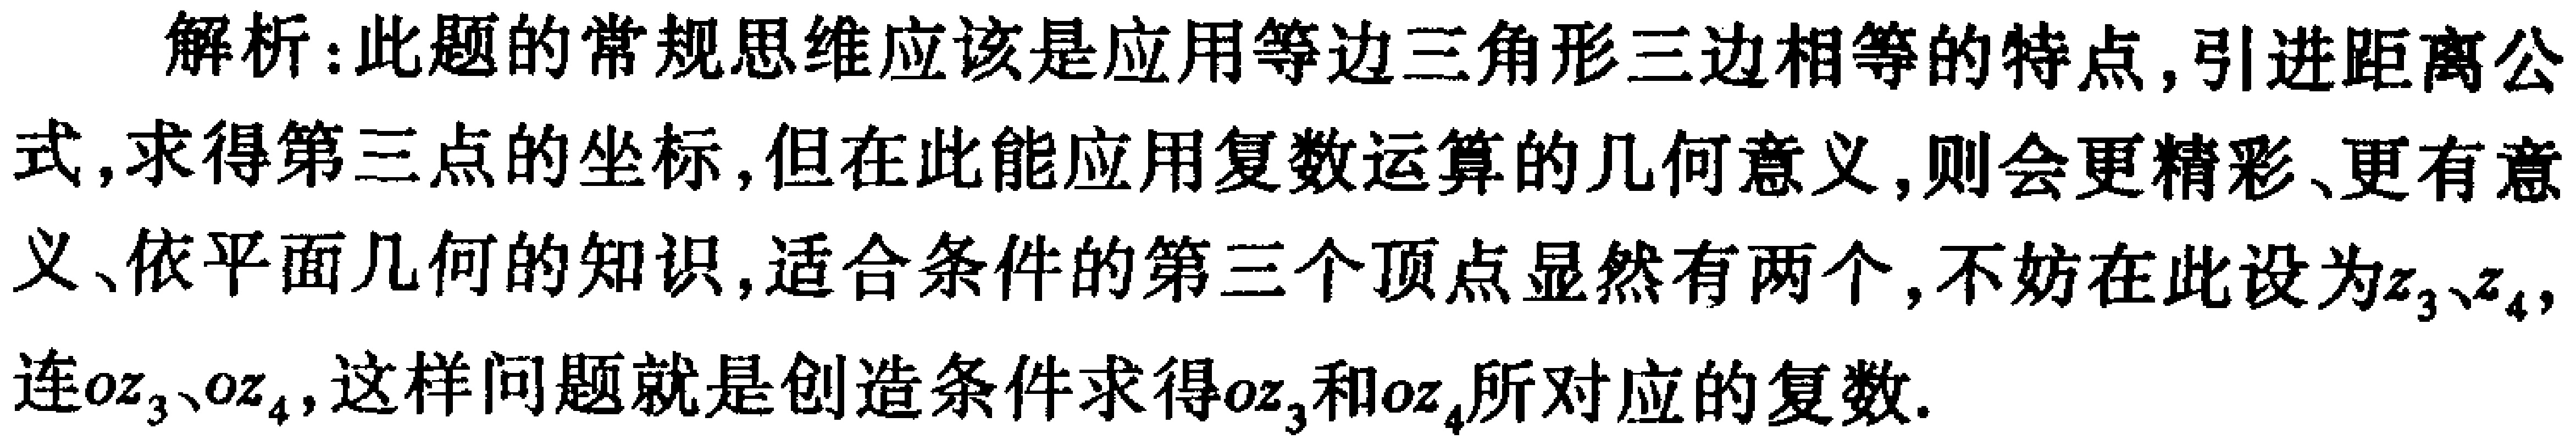
解析：此题的常规思维应该是应用等边三角形三边相等的特点，引进距离公式，求得第三点的坐标，但在此能应用复数运算的几何意义，则会更精彩、更有意义、依平面几何的知识，适合条件的第三个顶点显然有两个，不妨在此设为\(z_{3}、z_{4}\)，连\(oz_{3}、oz_{4}\)，这样问题就是创造条件求得\(oz_{3}\)和\(oz_{4}\)所对应的复数.